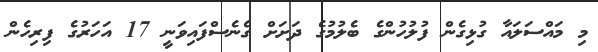
މި މައްސަލައާ ގުޅިގެން ފުލުހުންގެ ބެލުމުގެ ދަށަށް ގެނެސްފައިވަނީ 17 އަހަރުގެ ފިރިހެން